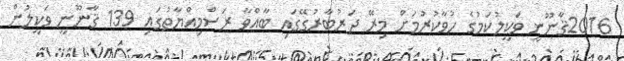
2016ޤާނޫނީ ވަކީލުކަމުގެ ހުވާކުރުމަށް މިރޭ ދަރުބާރުގޭގައި ބާއްވާ ރަސްމިއްޔާތުގައި 139 ޤާނޫނީ ވަކީލުން